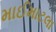
માઈમાટલા